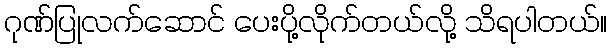
ဂုဏ်ပြုလက်ဆောင် ပေးပို့လိုက်တယ်လို့ သိရပါတယ်။